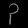
Digit: ၃